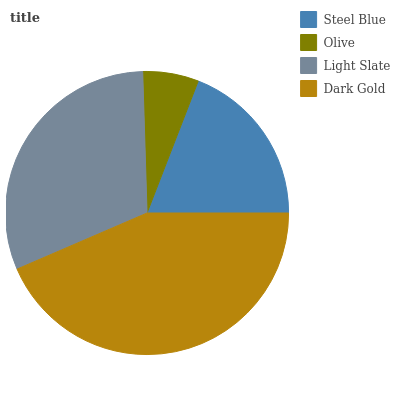
| Steel Blue | Olive | Light Slate | Dark Gold |
 | --- | --- | --- | --- |
 | 19.1% | 6.38% | 31% | 43.5% |